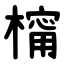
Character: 橣